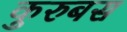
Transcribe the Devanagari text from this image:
कुरुबस